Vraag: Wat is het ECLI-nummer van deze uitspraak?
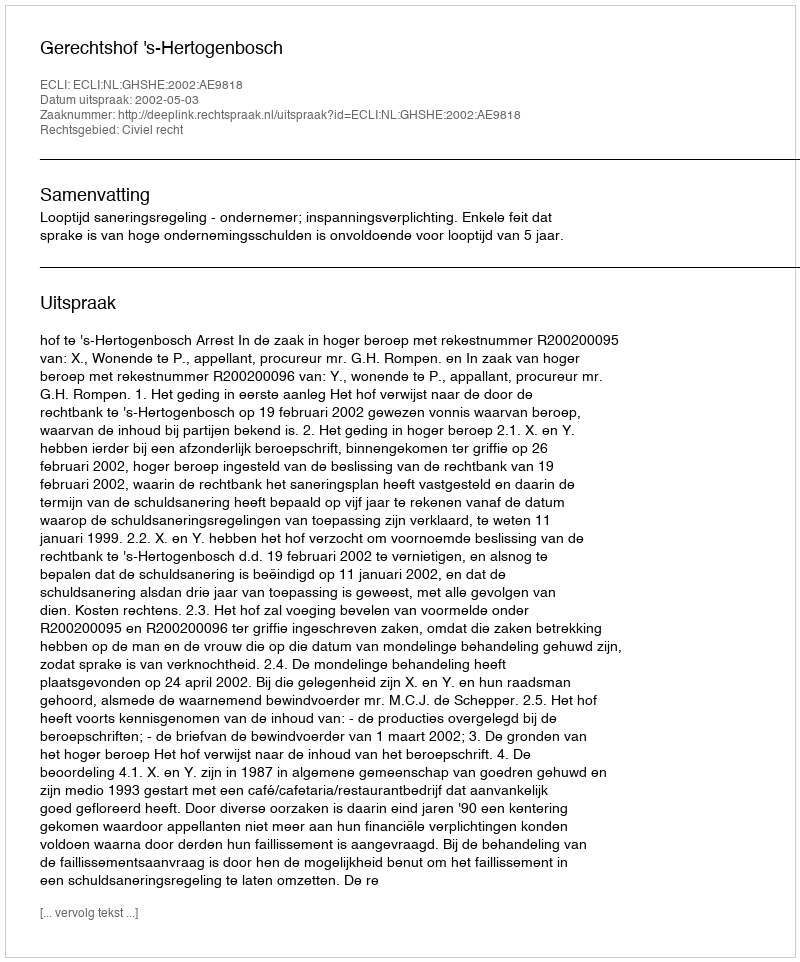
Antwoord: ECLI:NL:GHSHE:2002:AE9818